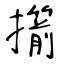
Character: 擶